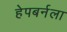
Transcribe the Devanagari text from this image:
हेपबर्नला